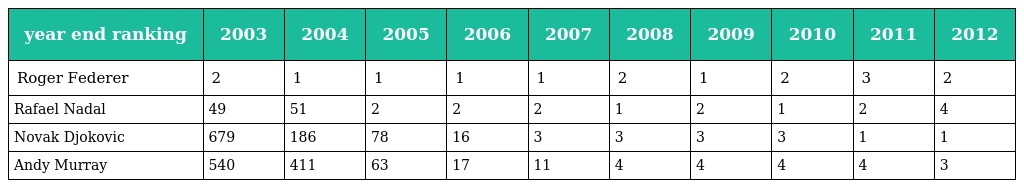
| year end ranking | 2003 | 2004 | 2005 | 2006 | 2007 | 2008 | 2009 | 2010 | 2011 | 2012 |
 | --- | --- | --- | --- | --- | --- | --- | --- | --- | --- | --- |
 | Roger Federer | 2 | 1 | 1 | 1 | 1 | 2 | 1 | 2 | 3 | 2 |
 | Rafael Nadal | 49 | 51 | 2 | 2 | 2 | 1 | 2 | 1 | 2 | 4 |
 | Novak Djokovic | 679 | 186 | 78 | 16 | 3 | 3 | 3 | 3 | 1 | 1 |
 | Andy Murray | 540 | 411 | 63 | 17 | 11 | 4 | 4 | 4 | 4 | 3 |